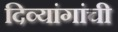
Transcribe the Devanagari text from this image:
दिव्यांगांची